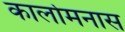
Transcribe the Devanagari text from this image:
कार्लोमनास